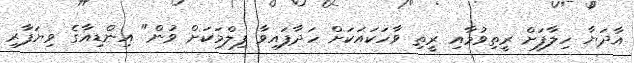
އާދަޔާ ހިލާފަށް ރީތިވުމާއި ރީތި ވާހަކައަކަށް ހަދާފައިވާ ފިލްމަކަށް ވުން" އިންޑިއާގެ ވިޔަފާރި